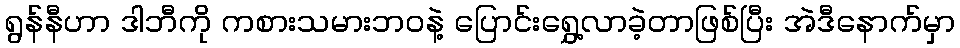
ရွန်နီဟာ ဒါဘီကို ကစားသမားဘ၀နဲ့ ပြောင်းရွှေ့လာခဲ့တာဖြစ်ပြီး အဲဒီနောက်မှာ